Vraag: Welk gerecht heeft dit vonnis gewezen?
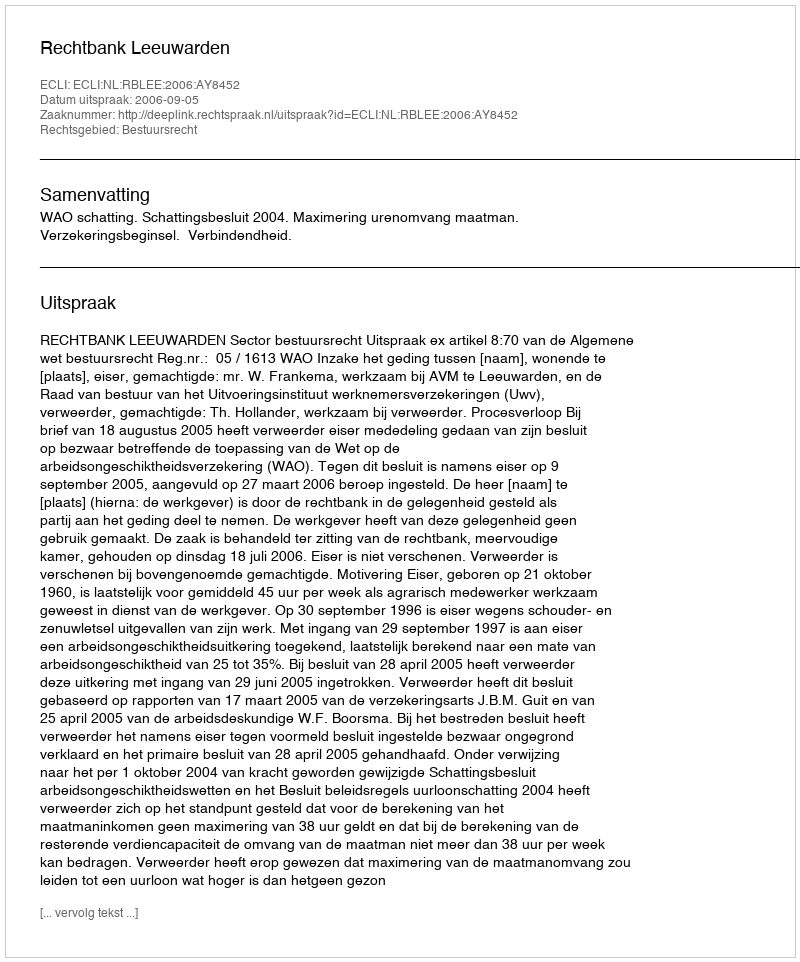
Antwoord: Rechtbank Leeuwarden